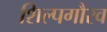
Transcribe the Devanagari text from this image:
शिल्पगौरव